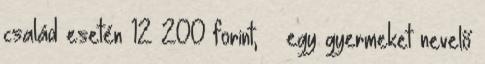
család esetén 12 200 forint, – egy gyermeket nevelő